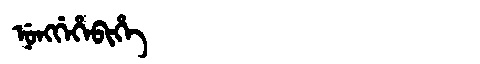
Manchu: ᠨᡠᠩᡤᡝᡥᡝᠪᡳᡥᡝ
Romanization: NUNGGEHEBIHE